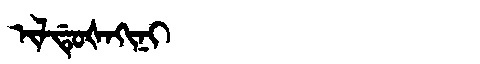
Manchu: ᡳᠯᡩᡠᡧᠠᡴᡳᠨᡳ
Romanization: ILDUŠAKINI